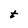
Character: t